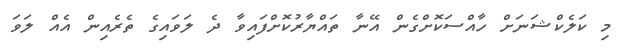
މި ކަލެކްޝަނަށް ހާއްސަކޮށްގެން އޭނާ ތައްޔާރުކޮށްފައިވާ ދެ ލަވައިގެ ތެރެއިން އެއް ލަވަ